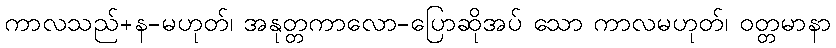
ကာလသည်+န-မဟုတ်၊ အနုတ္တကာလော-ပြောဆိုအပ် သော ကာလမဟုတ်၊ ဝတ္တမာနာ